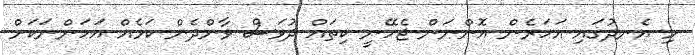
މި އެނދުގައި އަހަރެން އޮންނަން ޖެހޭނީ ކިތައް ދުވަސް ވާންދެން ކަމެއް އަހަންނަކަށް